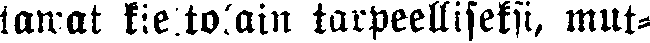
tawat kieltolain tarpeelliseksi, mut-